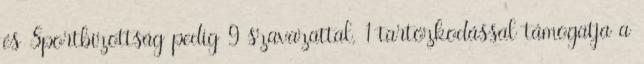
és Sportbizottság pedig 9 szavazattal, 1 tartózkodással támogatja a